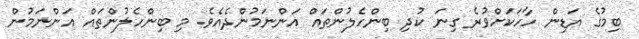
ބިމުގެ އަޑިން ހާހަކަށްވުރެ ގިނަ ކުދި ބިންހެލުންތައް އަންނަމުންދެއެވެ. މި ބިންހެލުންތައް އަންނަމުން